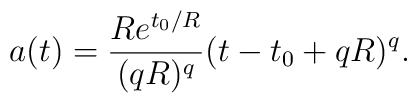
a(t)=\frac{Re^{t_{0}/R}}{(qR)^{q}}(t-t_{0}+qR)^{q}.